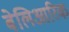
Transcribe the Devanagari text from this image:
बेलिआरिक